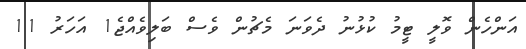
އަންހެން ވޮލީ ޓީމު ކުޅުނު ދެވަނަ މެޗުން ވެސް ބަލިވެއްޖެ1 އަހަރު 11